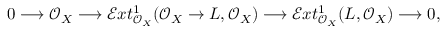
0 \longrightarrow \mathcal { O } _ { X } \longrightarrow \mathcal { E } x t _ { \mathcal { O } _ { X } } ^ { 1 } ( \mathcal { O } _ { X } \to L , \mathcal { O } _ { X } ) \longrightarrow \mathcal { E } x t _ { \mathcal { O } _ { X } } ^ { 1 } ( L , \mathcal { O } _ { X } ) \longrightarrow 0 ,